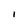
Character: I